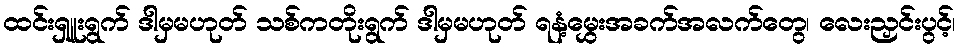
ထင်းရှူးရွက် ဒါမှမဟုတ် သစ်ကတိုးရွက် ဒါမှမဟုတ် ရနံ့မွှေးအခက်အလက်တွေ၊ လေးညှင်းပွင့်၊